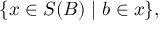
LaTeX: \{ x \in S ( B ) \mid b \in x \} ,